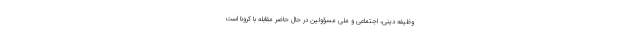
وظیفهٔ دینی، اجتماعی و ملی مسؤولین در حال حاضر مقابله با کرونا است